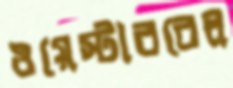
ওয়েস্টারবেল